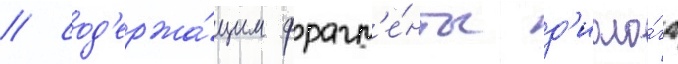
/ сод'ержа́щим фрагм'е́нты д'иало́га